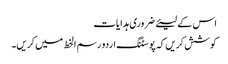
اس کے لیئے ضروری ہدایات
کوشش کریں کہ پوسٹنگ اردو رسم الخط میں کریں۔